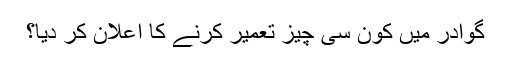
گوادر میں کون سی چیز تعمیر کرنے کا اعلان کر دیا؟